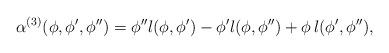
LaTeX: \begin{align*}\alpha^{(3)}(\phi,\phi', \phi'')=\phi'' l(\phi,\phi') -\phi' l(\phi,\phi'')+ \phi \,l(\phi',\phi''),\end{align*}